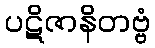
ပဋိဇာနိတဗ္ဗံ